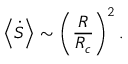
\left< \dot { S } \right> \sim \left( \frac { R } { R _ { c } } \right) ^ { 2 } .